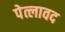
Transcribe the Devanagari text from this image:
पेत्लावद